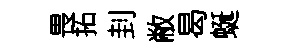
畏拓刲敝曷蜒